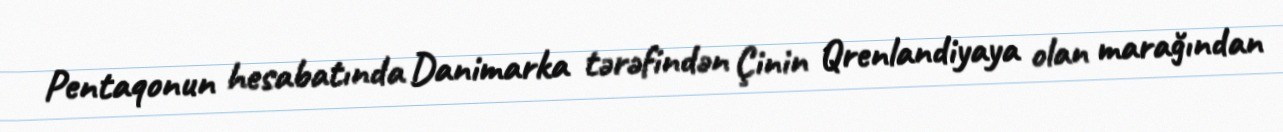
Pentaqonun hesabatında Danimarka tərəfindən Çinin Qrenlandiyaya olan marağından